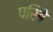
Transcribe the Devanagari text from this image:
परिबे